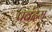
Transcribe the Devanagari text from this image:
प्रबंदम